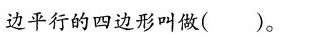
边平行的四边形叫做( )。